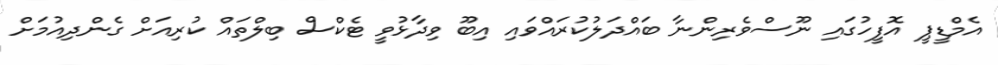
އެމްޑީޕީ އޮފީހުގައި ނޫސްވެރިންނާ ބައްދަލުކުރައްވައި އިބޫ ވިދާޅުވީ ޓެކްސް ބިލްތައް ކުރިއަށް ގެންދިއުމަށް